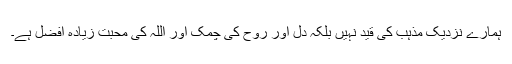
ہمارے نزدیک مذہب کی قید نہیں بلکہ دل اور روح کی چمک اور اللہ کی محبت زیادہ افضل ہے۔